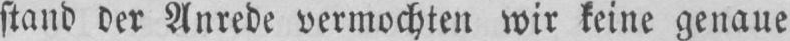
stand der Anrede vermochten wir keine genaue